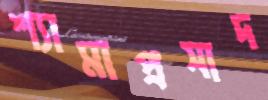
শ্যামাপ্রসাদ